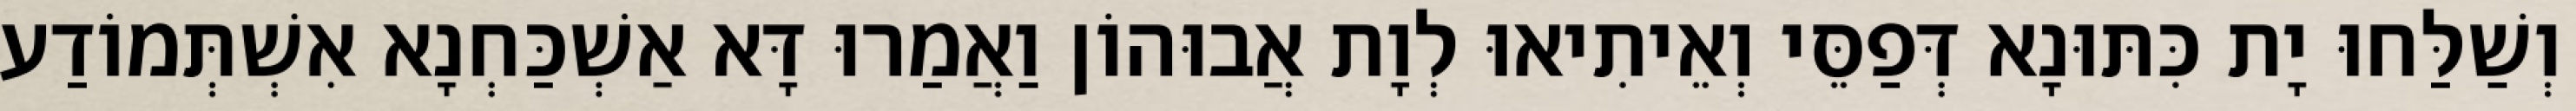
וְשַׁלַּחוּ יָת כִּתּוּנָא דְּפַסֵּי וְאֵיתִיאוּ לְוָת אֲבוּהוֹן וַאֲמַרוּ דָּא אַשְׁכַּחְנָא אִשְׁתְּמוֹדַע